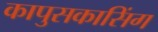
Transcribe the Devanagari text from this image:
कापुसकासिंग